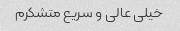
خیلی عالی و سریع متشکرم